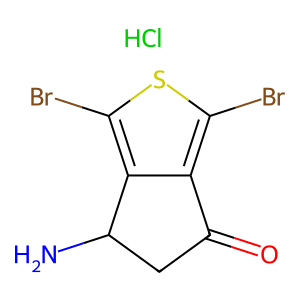
SMILES: Cl.NC1CC(=O)c2c(Br)sc(Br)c21
Inhibits HIV replication: No